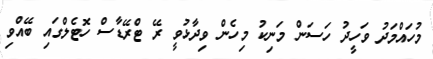
މުހައްމަދު ވަހީދު ހަސަން މަނިކު މިހެން ވިދާޅުވީ ރޭ ޓްރޭޑާސް ހޮޓެލްގައި ބޭއްވި